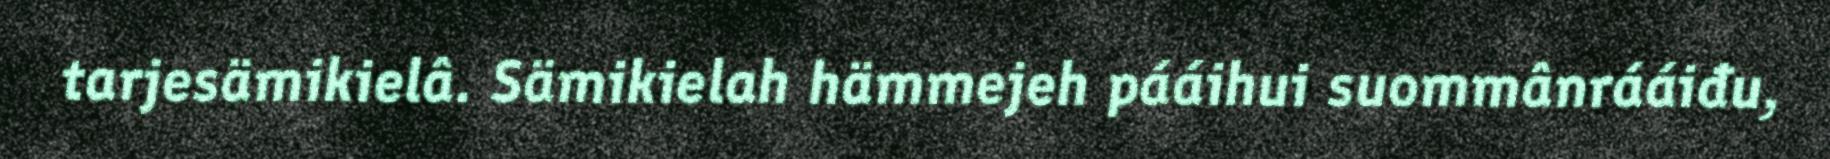
tarjesämikielâ. Sämikielah hämmejeh pááihui suommânrááiđu,